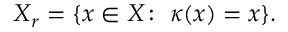
X _ { r } = \{ x \in X \colon \; \kappa ( x ) = x \} .